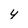
Character: y